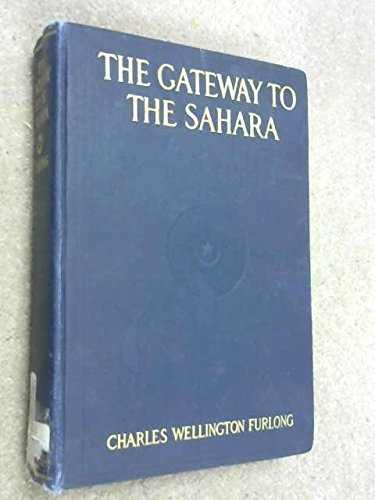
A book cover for The Gateway to the Sahara: Observations and Experiences in Tripoli; Charles Wellington Furlong; Travel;